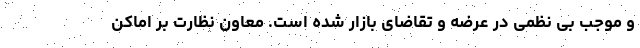
و موجب بی نظمی در عرضه و تقاضای بازار شده است. معاون نظارت بر اماکن